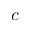
c